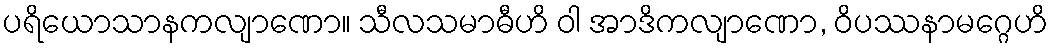
ပရိယောသာနကလျာဏော။ သီလသမာဓီဟိ ဝါ အာဒိကလျာဏော, ဝိပဿနာမဂ္ဂေဟိ